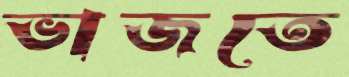
ভাজতে